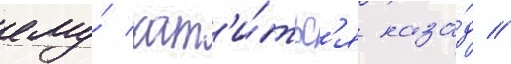
ему́ кат'и́тьс'я наза́д /